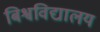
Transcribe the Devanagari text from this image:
बिश्वविद्यालय